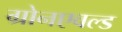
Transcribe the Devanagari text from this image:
ग्रोनएवल्ड